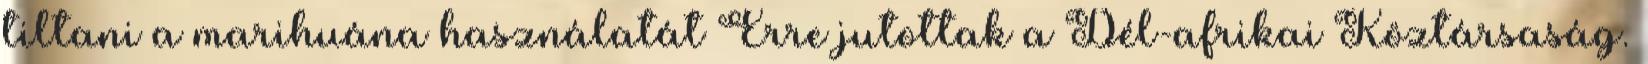
tiltani a marihuána használatát Erre jutottak a Dél-afrikai Köztársaság.